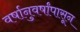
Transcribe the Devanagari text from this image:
वर्षानुवर्षांपासून